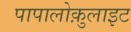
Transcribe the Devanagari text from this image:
पापालोक़ुलाइट